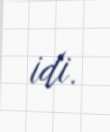
idi.